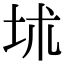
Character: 𡊍